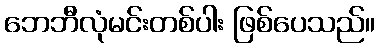
ဘေဘီလုံမင်းတစ်ပါး ဖြစ်ပေသည်။